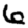
Digit: 6